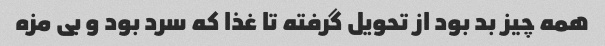
همه چیز بد بود از تحویل گرفته تا غذا که سرد بود و بى مزه